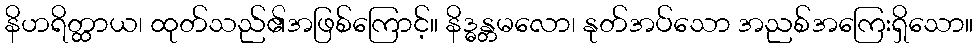
နိဟရိတ္ထာယ၊ ထုတ်သည်၏အဖြစ်ကြောင့်။ နိဒ္ဓန္တမလော၊ နုတ်အပ်သော အညစ်အကြေးရှိသော။